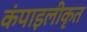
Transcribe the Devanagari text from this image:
कंपाइलीकृत